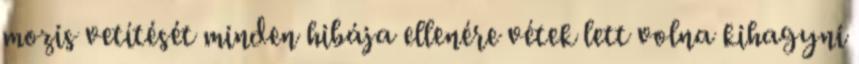
mozis vetítését minden hibája ellenére vétek lett volna kihagyni